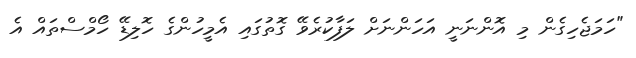
"ހަމަޖެހިގެން މި އޮންނަނީ އަހަންނަށް ލަފާކުރެވޭ ގޮތުގައި އެމީހުންގެ ހޮލިޑޭ ހޯމްސްތައް އެ